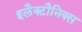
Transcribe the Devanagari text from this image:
इलैक्टौनिक्स